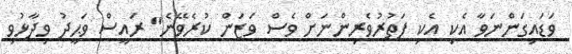
ވަޑައިގަންނަވާ އެކި އެކި ފަތުރުވެރިންނަށް ވެސް ވަޒަން ކުރެވޭނެ" ރައީސް ވަޙީދު ވިދާޅުވި